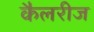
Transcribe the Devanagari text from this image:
कैलरीज